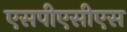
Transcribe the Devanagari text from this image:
एसपीएसीएस